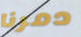
دمرنا